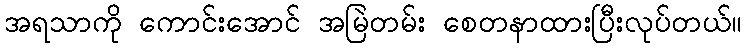
အရသာကို ကောင်းအောင် အမြဲတမ်း စေတနာထားပြီးလုပ်တယ်။